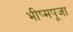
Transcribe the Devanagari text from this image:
भीष्मपूजा